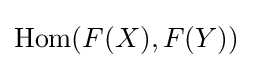
\operatorname {Hom} (F(X),F(Y))